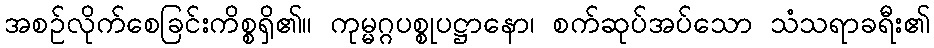
အစဉ်လိုက်စေခြင်းကိစ္စရှိ၏။ ကုမ္မဂ္ဂပစ္စုပဋ္ဌာနော၊ စက်ဆုပ်အပ်သော သံသရာခရီး၏